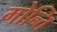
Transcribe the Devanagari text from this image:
गोन्ति